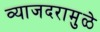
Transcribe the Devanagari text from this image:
व्याजदरामुळे